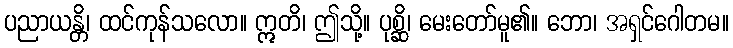
ပညာယန္တိ၊ ထင်ကုန်သလော။ ဣတိ၊ ဤသို့။ ပုစ္ဆိ၊ မေးတော်မူ၏။ ဘော၊ အရှင်ဂေါတမ။